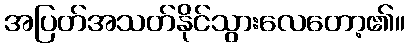
အပြတ်အသတ်နိုင်သွားလေတော့၏။